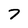
Character: 7